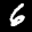
Label: 6